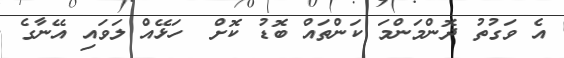
އެ ވަގުތު ދޮންމަންމަ ކަންތައް ބޮޑު ކޮށް  ހަޅޭއް ލަވައި އޭނާގެ